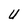
Character: U